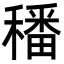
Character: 𥢌